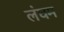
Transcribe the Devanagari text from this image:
लंघम